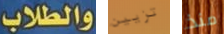
والطلاب تزيين منذ